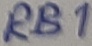
Text: RB1